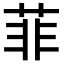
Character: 菲